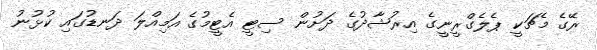
ރޭގެ މެޗަކީ ޕެލެގްރީނީގެ އިރުޝާދުގެ ދަށުން ސިޓީ އެޓީމުގެ އަމިއްލަ ދަނޑުގައި ކުޅުނު